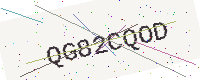
Text: QG82CQOD